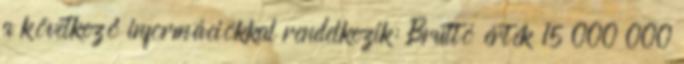
a következő információkkal rendelkezik: Bruttó érték 15 000 000